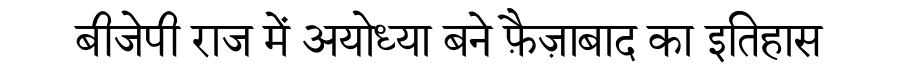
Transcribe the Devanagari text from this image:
बीजेपी राज में अयोध्या बने फ़ैज़ाबाद का इतिहास